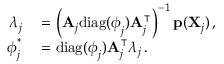
\begin{array} { r l } { \boldsymbol { \lambda } _ { j } } & { { } = \left( \mathbf { A } _ { j } \mathrm { d i a g } ( \boldsymbol { \phi } _ { j } ) \mathbf { A } _ { j } ^ { \intercal } \right) ^ { - 1 } \mathbf { p } ( \mathbf { X } _ { j } ) \, , } \\ { \boldsymbol { \phi } _ { j } ^ { \ast } } & { { } = \mathrm { d i a g } ( \boldsymbol { \phi } _ { j } ) \mathbf { A } _ { j } ^ { \intercal } \boldsymbol { \lambda } _ { j } \, . } \end{array}